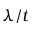
\lambda / t